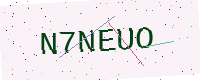
Text: N7NEUO